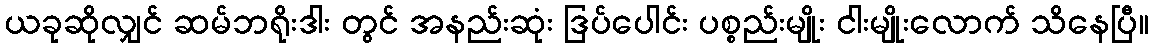
ယခုဆိုလျှင် ဆမ်ဘရိုးဒါး တွင် အနည်းဆုံး ဒြပ်ပေါင်း ပစ္စည်းမျိုး ငါးမျိုးလောက် သိနေပြီ။